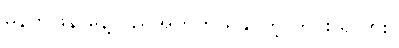
မနက်ဖြန် နေ့လည်အတွက် ရနိုင်တဲ့ ကွင်း ရှိလား။